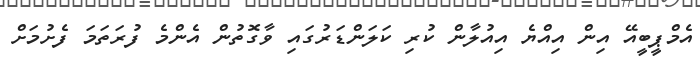
އެމްޕީބީއޭ އިން އިއްޔެ އިއުލާން ކުރި ކަލަންޑަރުގައި ވާގޮތުން އެންމެ ފުރަތަމަ ފެށުމަށް